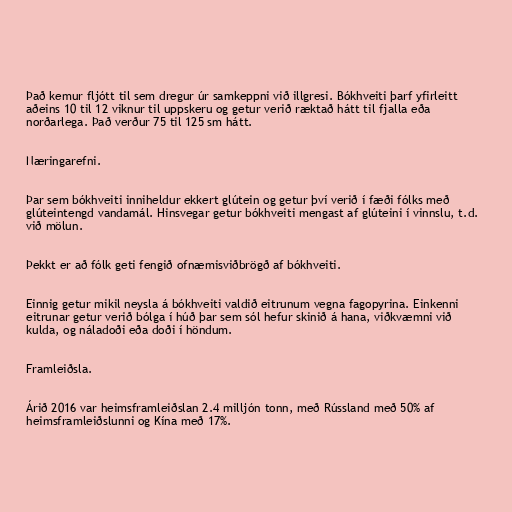
Það kemur fljótt til sem dregur úr samkeppni við illgresi. Bókhveiti þarf yfirleitt
aðeins 10 til 12 viknur til uppskeru og getur verið ræktað hátt til fjalla eða
norðarlega. Það verður 75 til 125 sm hátt.

Næringarefni.

Þar sem bókhveiti inniheldur ekkert glútein og getur því verið í fæði fólks með
glúteintengd vandamál. Hinsvegar getur bókhveiti mengast af glúteini í vinnslu, t.d.
við mölun.

Þekkt er að fólk geti fengið ofnæmisviðbrögð af bókhveiti.

Einnig getur mikil neysla á bókhveiti valdið eitrunum vegna fagopyrina. Einkenni
eitrunar getur verið bólga í húð þar sem sól hefur skinið á hana, viðkvæmni við
kulda, og náladoði eða doði í höndum.

Framleiðsla.

Árið 2016 var heimsframleiðslan 2.4 milljón tonn, með Rússland með 50% af
heimsframleiðslunni og Kína með 17%.